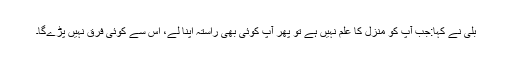
بلی نے کہا:جب آپ کو منزل کا علم نہیں ہے تو پھر آپ کوئی بھی راستہ اپنا لے، اس سے کوئی فرق نہیں پڑےگا۔